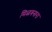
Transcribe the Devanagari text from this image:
मिळवनारा